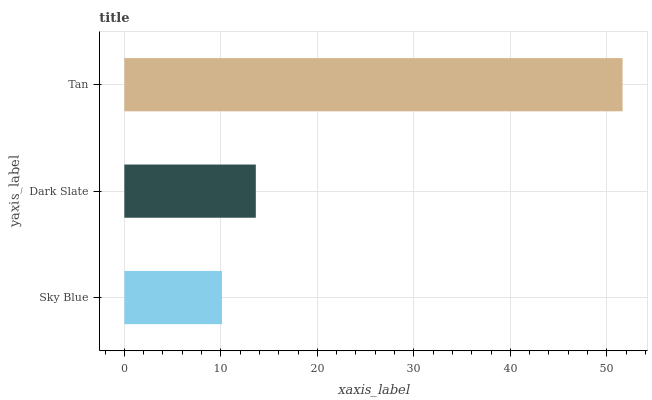
| yaxis_label | bars |
 | --- | --- |
 | Sky Blue | 10.1 |
 | Dark Slate | 13.6 |
 | Tan | 51.6 |